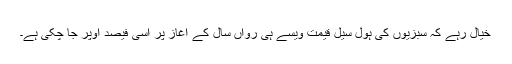
خیال رہے کہ سبزیوں کی ہول سیل قیمت ویسے ہی رواں سال کے آغاز پر اسی فیصد اوپر جا چکی ہے۔